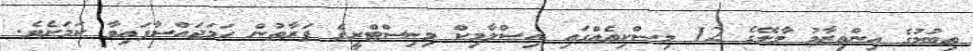
ތިބުމުގެ އިންތިޒާމު މާލޭގެ 12 މިސްކިތެއްގައި އިސްލާމިކް މިނިސްޓްރީގެ ފަރާތުން ހަމަޖައްސާފައިވާ ކަމަށެވެ.